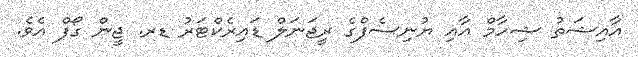
އާއިޝަތު ޝިހާމް އާއި ޔުނިސެފްގެ ރީޖަނަލް ޑައިރެކްޓަރު ޑރ. ޖީން ގޯފް އެވެ.